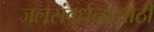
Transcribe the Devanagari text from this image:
जलसंवर्धनासाठी